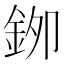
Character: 𮡯